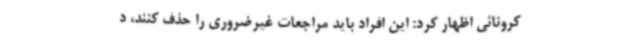
کرونائی اظهار کرد: این افراد باید مراجعات غیرضروری را حذف کنند، د